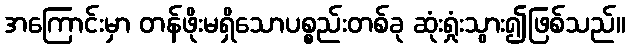
အကြောင်းမှာ တန်ဖိုးမရှိသောပစ္စည်းတစ်ခု ဆုံးရှုံးသွား၍ဖြစ်သည်။